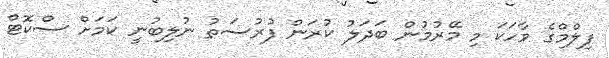
ފިލްމްގެ ވާހަކަ މި މޭރުމުން ބަދަލު ކުރަން ފުރުސަތު ނުލިބުނީ ކަމަށް ސްކޮޓް